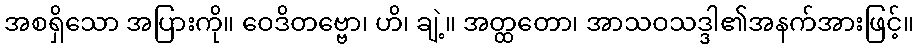
အစရှိသော အပြားကို။ ဝေဒိတဗ္ဗော၊ ဟိ၊ ချဲ့။ အတ္ထတော၊ အာသဝသဒ္ဒါ၏အနက်အားဖြင့်။